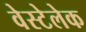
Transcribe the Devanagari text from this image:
वेस्टेलेक